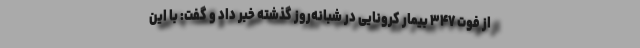
از فوت ۳۴۷ بیمار کرونایی در شبانه‌روز گذشته خبر داد و گفت: با این